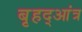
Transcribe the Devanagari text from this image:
बृहद्आंत्र